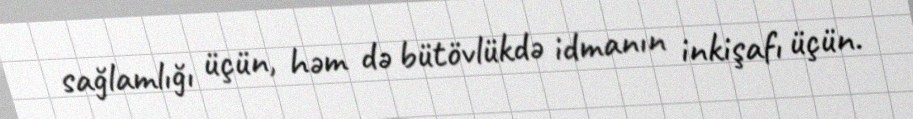
sağlamlığı üçün, həm də bütövlükdə idmanın inkişafı üçün.